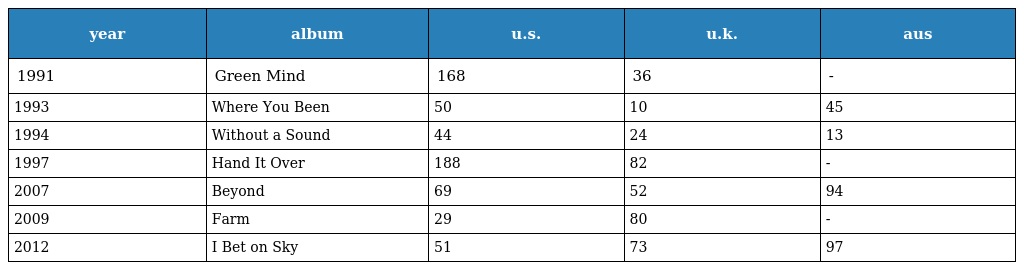
| year | album | u.s. | u.k. | aus |
 | --- | --- | --- | --- | --- |
 | 1991 | Green Mind | 168 | 36 | - |
 | 1993 | Where You Been | 50 | 10 | 45 |
 | 1994 | Without a Sound | 44 | 24 | 13 |
 | 1997 | Hand It Over | 188 | 82 | - |
 | 2007 | Beyond | 69 | 52 | 94 |
 | 2009 | Farm | 29 | 80 | - |
 | 2012 | I Bet on Sky | 51 | 73 | 97 |